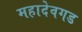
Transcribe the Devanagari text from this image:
महादेवगड